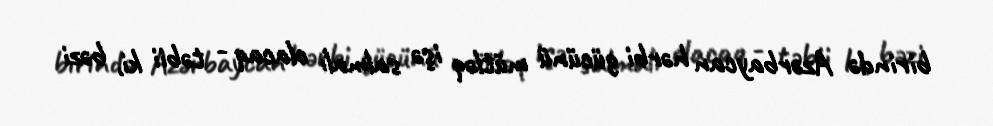
birində Azərbaycan hərbi gücünü mütləq işə salmalı olacaq - təbii ki, bəzi